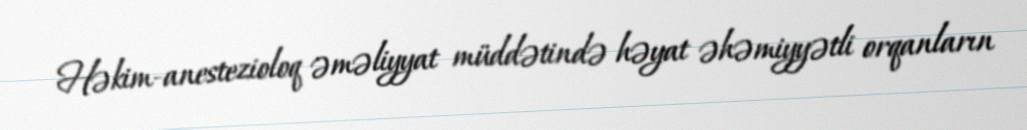
Həkim-anestezioloq əməliyyat müddətində həyat əhəmiyyətli orqanların